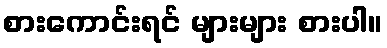
စားကောင်းရင် များများ စားပါ။